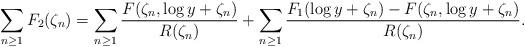
LaTeX: \begin{align*}\sum_{n\geq1}F_2(\zeta_n)= \sum_{n\geq 1}\frac{F(\zeta_n,\log y+\zeta_n)}{R(\zeta_n)}+\sum_{n\geq1} \frac{F_1(\log y+\zeta_n)-F(\zeta_n,\log y+\zeta_n)}{R(\zeta_n)}. \end{align*}